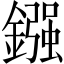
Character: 鏹